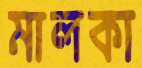
মালকা